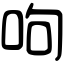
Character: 呴